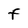
Character: F